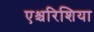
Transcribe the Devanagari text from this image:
एश्चरिशिया